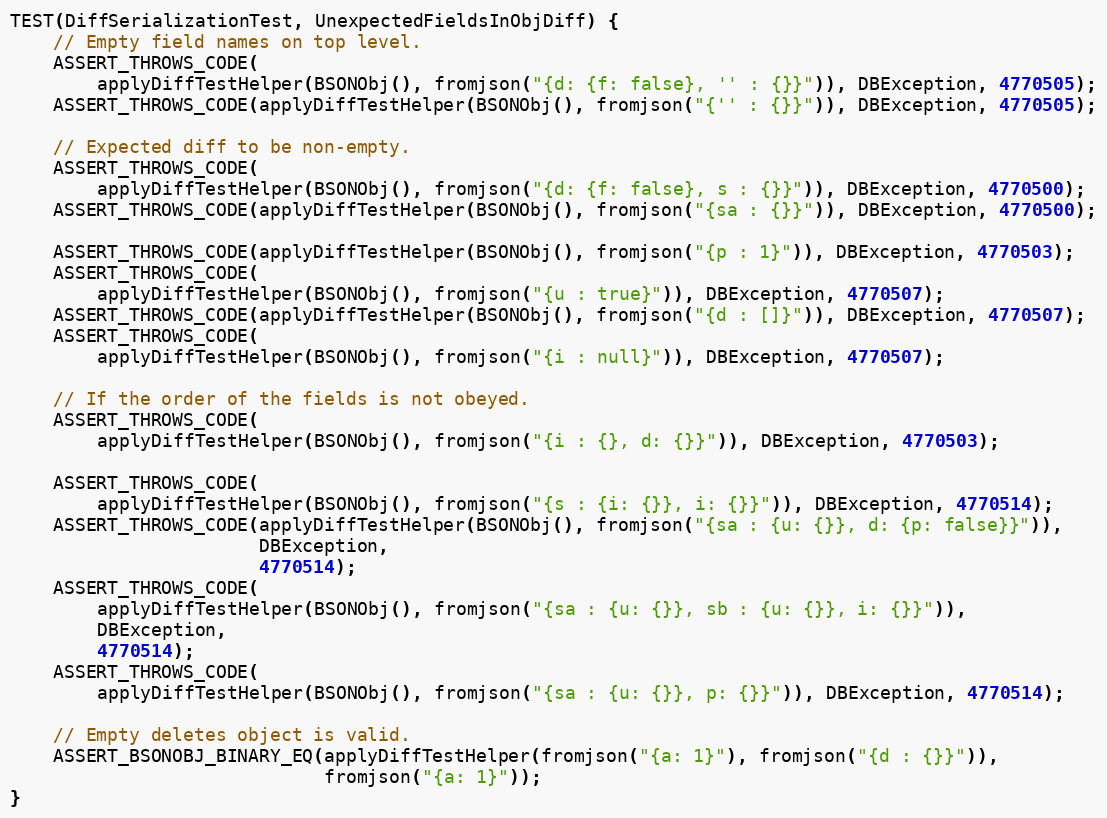
Language: C++
TEST(DiffSerializationTest, UnexpectedFieldsInObjDiff) {
    // Empty field names on top level.
    ASSERT_THROWS_CODE(
        applyDiffTestHelper(BSONObj(), fromjson("{d: {f: false}, '' : {}}")), DBException, 4770505);
    ASSERT_THROWS_CODE(applyDiffTestHelper(BSONObj(), fromjson("{'' : {}}")), DBException, 4770505);

    // Expected diff to be non-empty.
    ASSERT_THROWS_CODE(
        applyDiffTestHelper(BSONObj(), fromjson("{d: {f: false}, s : {}}")), DBException, 4770500);
    ASSERT_THROWS_CODE(applyDiffTestHelper(BSONObj(), fromjson("{sa : {}}")), DBException, 4770500);

    ASSERT_THROWS_CODE(applyDiffTestHelper(BSONObj(), fromjson("{p : 1}")), DBException, 4770503);
    ASSERT_THROWS_CODE(
        applyDiffTestHelper(BSONObj(), fromjson("{u : true}")), DBException, 4770507);
    ASSERT_THROWS_CODE(applyDiffTestHelper(BSONObj(), fromjson("{d : []}")), DBException, 4770507);
    ASSERT_THROWS_CODE(
        applyDiffTestHelper(BSONObj(), fromjson("{i : null}")), DBException, 4770507);

    // If the order of the fields is not obeyed.
    ASSERT_THROWS_CODE(
        applyDiffTestHelper(BSONObj(), fromjson("{i : {}, d: {}}")), DBException, 4770503);

    ASSERT_THROWS_CODE(
        applyDiffTestHelper(BSONObj(), fromjson("{s : {i: {}}, i: {}}")), DBException, 4770514);
    ASSERT_THROWS_CODE(applyDiffTestHelper(BSONObj(), fromjson("{sa : {u: {}}, d: {p: false}}")),
                       DBException,
                       4770514);
    ASSERT_THROWS_CODE(
        applyDiffTestHelper(BSONObj(), fromjson("{sa : {u: {}}, sb : {u: {}}, i: {}}")),
        DBException,
        4770514);
    ASSERT_THROWS_CODE(
        applyDiffTestHelper(BSONObj(), fromjson("{sa : {u: {}}, p: {}}")), DBException, 4770514);

    // Empty deletes object is valid.
    ASSERT_BSONOBJ_BINARY_EQ(applyDiffTestHelper(fromjson("{a: 1}"), fromjson("{d : {}}")),
                             fromjson("{a: 1}"));
}